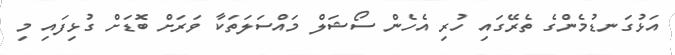
އަޅުގަނޑުމެންގެ ތެރޭގައި ހުރި އެހެން ސޯޝަލް މައްސަލަތަކާ ވަރަށް ބޮޑަށް ގުޅިފައި މި